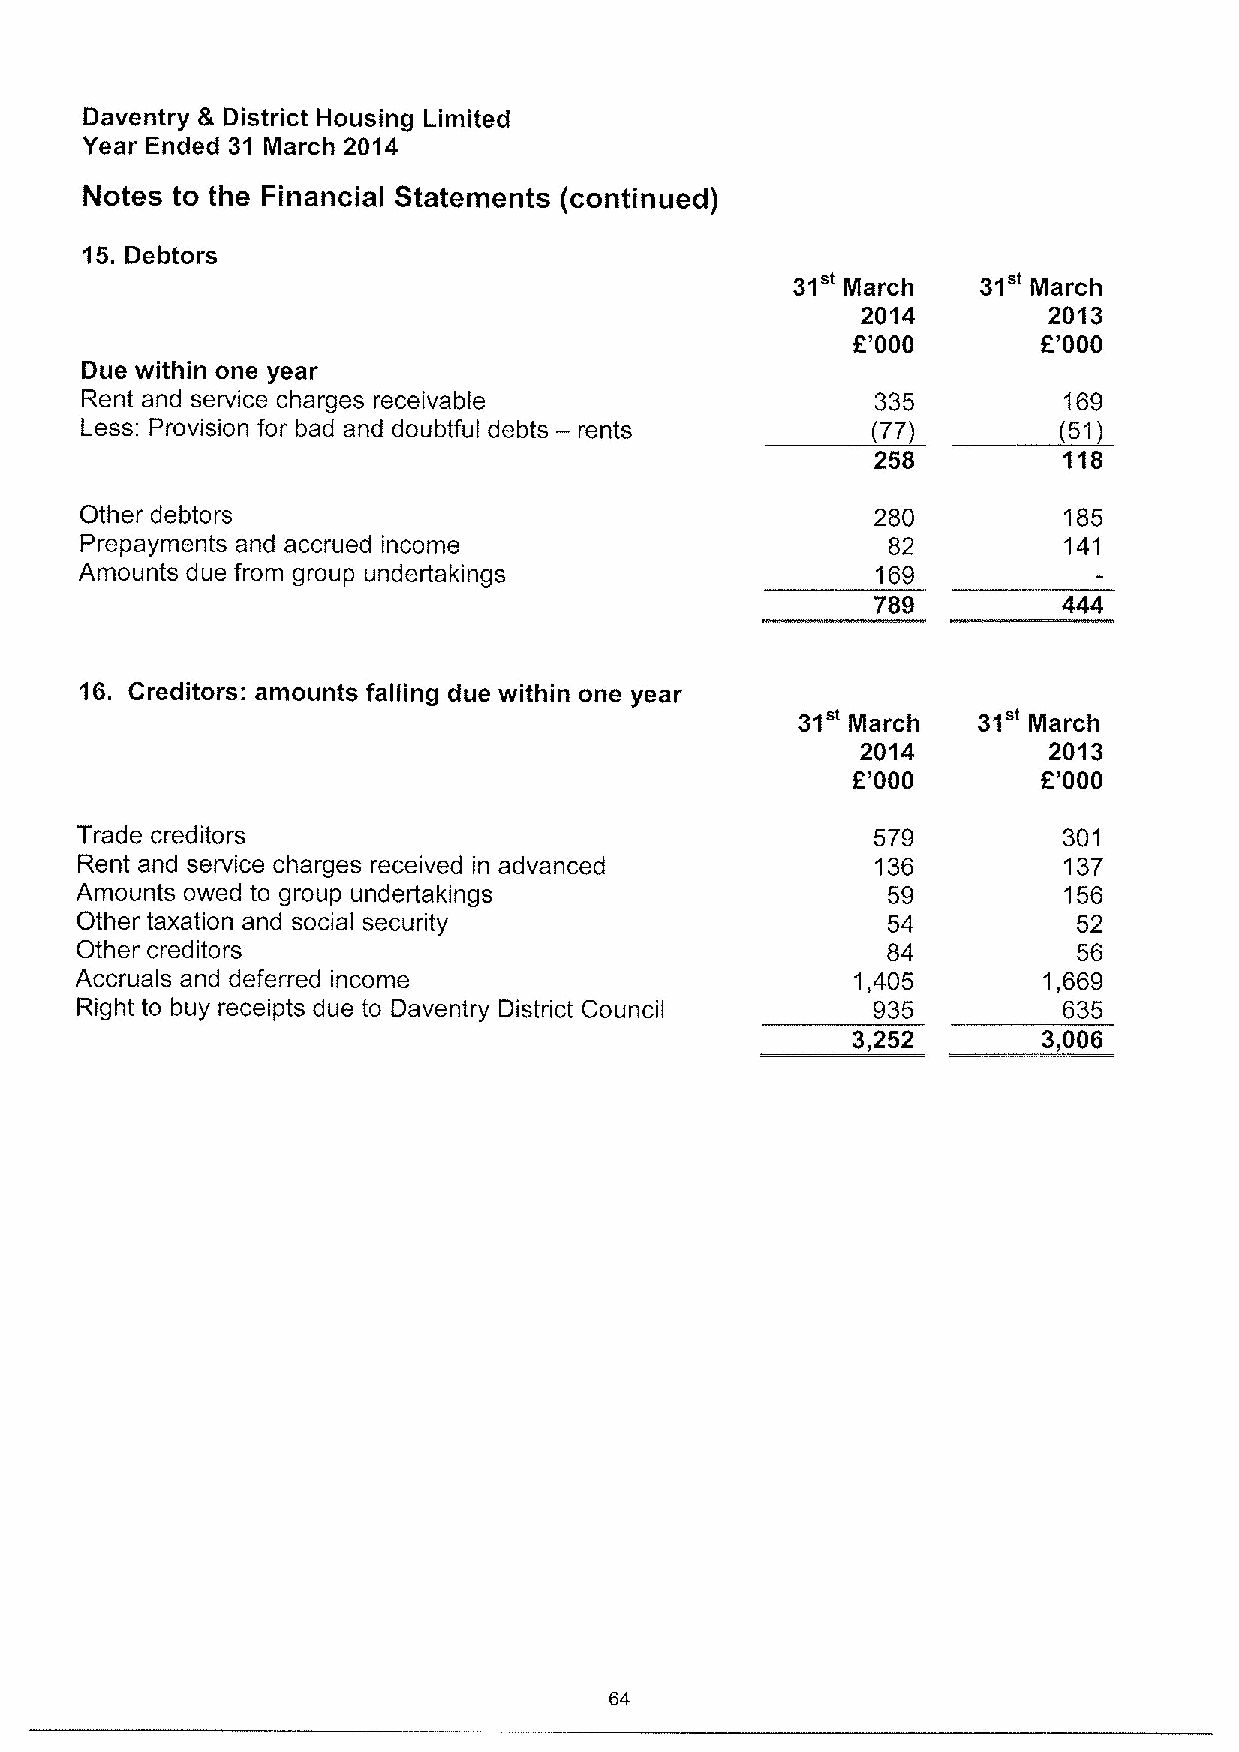
Daventry & District Housing Limited
 Year Ended 31 March 2014
 Notes to the Financial Statements (continued)
 15.Debtors
 31"          31"
 March       March
 2014        2013
 E'000        f'000
 Due within one year
 ~77)
 Rent and service charges receivable                  335         169
 Less: Provision for bad and doubtful debts — rents               (51)
 258         118
 Other debtors                                        280         185
 Prepayments and accrued income                        82         141
 Amounts due from group undertakings                  169
 789         444
 16. Creditors: amounts falling due within one year
 31"         31"
 March       March
 2014        2013
 E'000        E'000
 Trade creditors                                      579         301
 Rent and service charges received in advanced        136         137
 Amounts owed to group undertakings                    59         156
 Other taxation and social security                    54          52
 Other creditors                                       84          56
 Accruals and deferred income                        1,405       1,669
 Right to buy receipts due to Daventry District Council 935       635
 3,252        3,006
 64